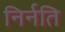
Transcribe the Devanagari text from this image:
निर्नति